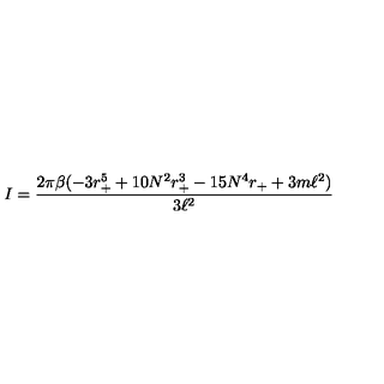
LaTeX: I = \frac { 2 \pi \beta ( - 3 r _ { + } ^ { 5 } + 1 0 N ^ { 2 } r _ { + } ^ { 3 } - 1 5 N ^ { 4 } r _ { + } + 3 m \ell ^ { 2 } ) } { 3 \ell ^ { 2 } }